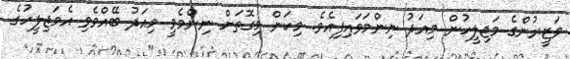
ވަޒީރުންގެ މަޖިލީހުން މިއަދު ނިންމަވައިފިއެވެ. މިކަން މިގޮތަށް ނިންމެވީ މިއަދު ބޭއްވެވި އެމަޖިލީހުގެ